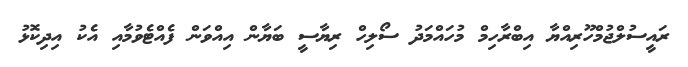
ރައީސުލްޖުމްހޫރިއްޔާ އިބްރާހިމް މުހައްމަދު ސޯލިހް ރިޔާސީ ބަޔާން އިއްވަން ފެއްޓެވުމާއި އެކު އިދިކޮޅު